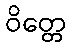
ဝိတ္တေ